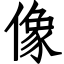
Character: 像